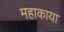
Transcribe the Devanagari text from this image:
महाकाया